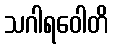
သဂါရဝေါတိ